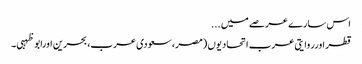
اس سارے عرصے میں ...
قطر اورروایتی عرب اتحادیوں (مصر، سعودی عرب، بحرین اورابو ظہبی۔